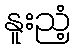
နူးညံ့